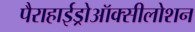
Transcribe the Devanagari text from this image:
पैराहाईड्रोऑक्सीलोशन